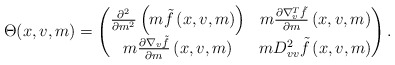
\begin{align*}\Theta(x,v,m)=\begin{pmatrix} \frac{\partial^2}{\partial m^2} \left( m \tilde f\left(x,v,m\right) \right) &m\frac{\partial \nabla_v ^T \tilde f}{\partial m} \left(x,v,m\right) \\ m\frac{\partial \nabla _v \tilde f}{\partial m} \left(x,v,m\right) & m D^2_{vv} \tilde f\left(x,v,m\right) \end{pmatrix}.\end{align*}